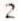
2